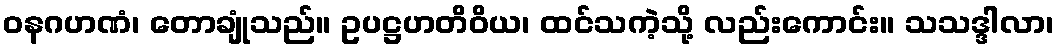
ဝနဂဟဏံ၊ တောချုံသည်။ ဥပဋ္ဌဟတိဝိယ၊ ထင်သကဲ့သို့ လည်းကောင်း။ သသဒ္ဒါလာ၊